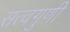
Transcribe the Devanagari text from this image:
सत्वगुणी